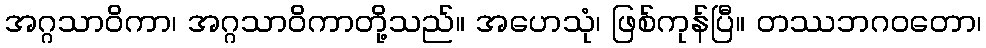
အဂ္ဂသာဝိကာ၊ အဂ္ဂသာဝိကာတို့သည်။ အဟေသုံ၊ ဖြစ်ကုန်ပြီ။ တဿဘဂဝတော၊